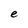
Character: e